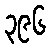
၃၉၆